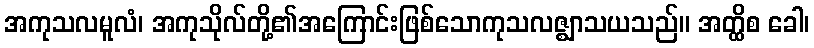
အကုသလမူလံ၊ အကုသိုလ်တို့၏အကြောင်းဖြစ်သောကုသလဇ္ဈာသယသည်။ အတ္ထိစ ခေါ၊